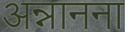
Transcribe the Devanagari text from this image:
अन्नानना